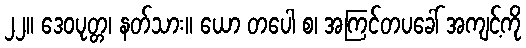
၂၂။ ဒေဝပုတ္တ၊ နတ်သား။ ယော တပေါ စ၊ အကြင်တပခေါ် အကျင့်ကို